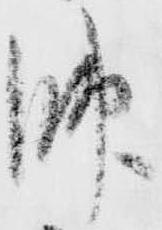
帥